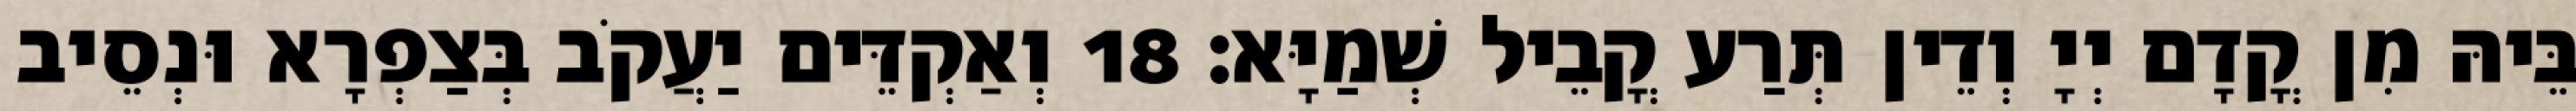
בֵּיהּ מִן קֳדָם יְיָ וְדֵין תְּרַע קֳבֵיל שְׁמַיָּא׃ 18 וְאַקְדֵּים יַעֲקֹב בְּצַפְרָא וּנְסֵיב